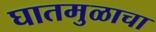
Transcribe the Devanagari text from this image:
घातमुळाचा